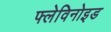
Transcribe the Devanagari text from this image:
फ्लेविनोइड